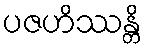
ပဇဟိဿန္တိ